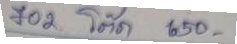
702 โต๊ด 650